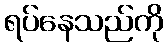
ရပ်နေသည်ကို